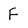
Character: F